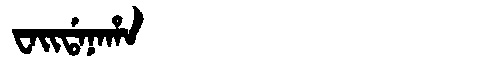
Manchu: ᠸᠠᡳᡩᠠᠨᠠᡥᠠ
Romanization: WAIDANAHA